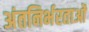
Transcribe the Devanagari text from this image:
अंतनिर्भरताओं